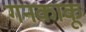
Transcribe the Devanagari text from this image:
गनकाकू